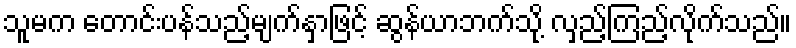
သူမက တောင်းပန်သည့်မျက်နှာဖြင့် ဆွန်ယာဘက်သို့ လှည့်ကြည့်လိုက်သည်။